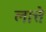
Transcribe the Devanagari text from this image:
लात्ते